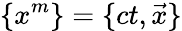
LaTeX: \{ x^{m}\} =\{ ct,{\vec{x}}\}